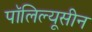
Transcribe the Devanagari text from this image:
पॉलिल्यूसीन